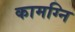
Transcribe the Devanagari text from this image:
कामग्नि